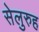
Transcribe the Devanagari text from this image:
सेलुरुह